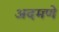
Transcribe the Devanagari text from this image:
अदमणे